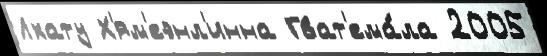
Лхату Х'ям'еэнл'инна Гват'ема́ла 2005